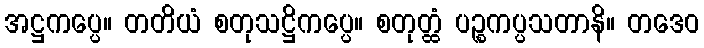
အဋ္ဌကပ္ပေ။ တတိယံ စတုသဋ္ဌိကပ္ပေ။ စတုတ္ထံ ပဉ္စကပ္ပသတာနိ။ တဒေဝ